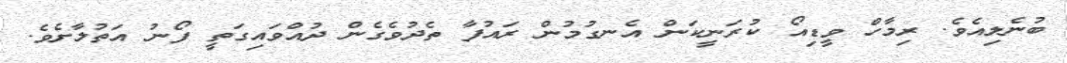
ބުނެލިއެވެ. ރިމާހް ވީޑިއޯ ކުރަނީކަން އެނގުމުން ރައުފާ ތެދުވެގެން ދުއްވައިގަތީ ފޯނު އަތުލާށެވެ.